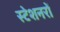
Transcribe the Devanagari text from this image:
स्टेशनरों